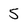
Character: 5